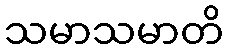
သမာသမာတိ